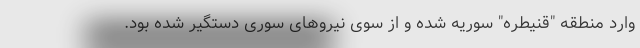
وارد منطقه "قنیطره" سوریه شده و از سوی نیروهای سوری دستگیر شده بود.